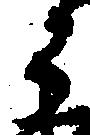
う